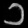
Digit: ၁